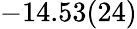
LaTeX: -14.53(24)